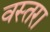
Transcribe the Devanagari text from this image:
वस्तरा